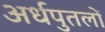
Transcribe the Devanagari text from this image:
अर्धपुतलों